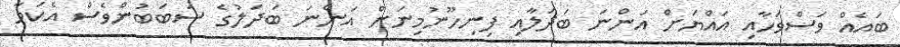
ބައެއް ވަސްވަހާއި އައްޔަށް އަންނަ ބަދަލާއި ފިނިހޫނުމިނަށް އަންނަ ބަދަލުގެ ސަބަބުންވެސް އެކަމާ